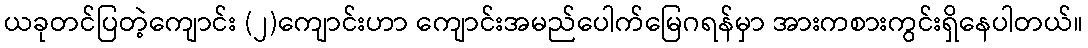
ယခုတင်ပြတဲ့ကျောင်း (၂)ကျောင်းဟာ ကျောင်းအမည်ပေါက်မြေဂရန်မှာ အားကစားကွင်းရှိနေပါတယ်။